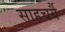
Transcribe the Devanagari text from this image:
साहचर्यै